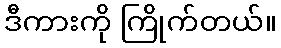
ဒီကားကို ကြိုက်တယ်။